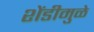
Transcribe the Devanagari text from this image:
शेंडीमुळे